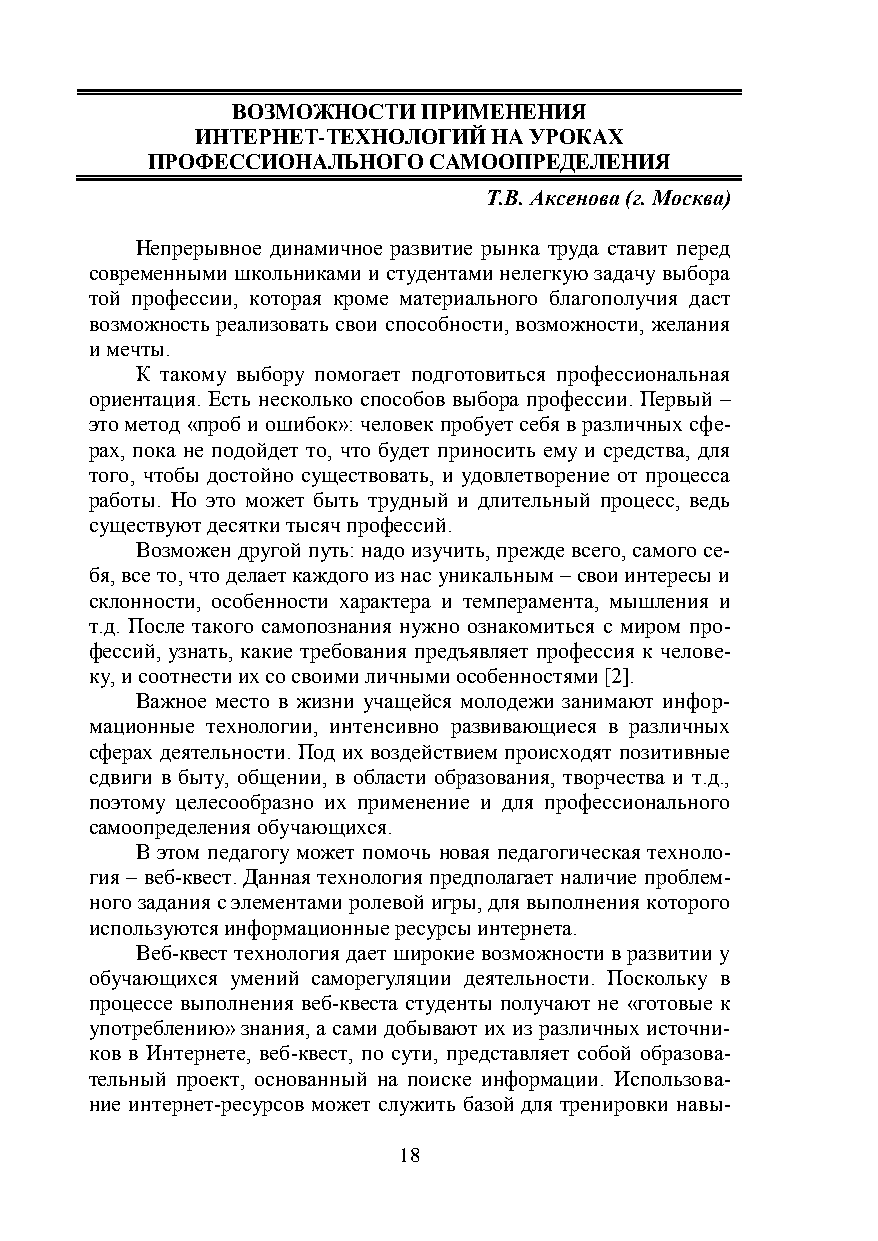
ВОЗМОЖНОСТИ  ПРИМЕНЕНИЯ
 ИНТЕРНЕТ-ТЕХНОЛОГИЙ НА УРОКАХ
 ПРОФЕССИОНАЛЬНОГО САМООПРЕДЕЛЕНИЯ
 Т.В. Аксенова (г. Москва)
 Непрерывное динамичное развитие рынка труда ставит перед
 современными школьниками и студентами нелегкую задачу выбора
 той профессии, которая кроме материального благополучия даст
 возможность реализовать свои способности, возможности, желания
 и мечты.
 К такому выбору помогает подготовиться профессиональная
 ориентация. Есть несколько способов выбора профессии. Первый –
 это метод «проб и ошибок»: человек пробует себя в различных сфе-
 рах, пока не подойдет то, что будет приносить ему и средства, для
 того, чтобы достойно существовать, и удовлетворение от процесса
 работы. Но это может быть трудный и длительный процесс, ведь
 существуют десятки тысяч профессий.
 Возможен другой путь: надо изучить, прежде всего, самого се-
 бя, все то, что делает каждого из нас уникальным – свои интересы и
 склонности, особенности характера и темперамента, мышления и
 т.д. После такого самопознания нужно ознакомиться с миром про-
 фессий, узнать, какие требования предъявляет профессия к челове-
 ку, и соотнести их со своими личными особенностями [2].
 Важное место в жизни учащейся молодежи занимают инфор-
 мационные технологии, интенсивно развивающиеся в различных
 сферах деятельности. Под их воздействием происходят позитивные
 сдвиги в быту, общении, в области образования, творчества и т.д.,
 поэтому целесообразно их применение и для профессионального
 самоопределения обучающихся.
 В этом педагогу может помочь новая педагогическая техноло-
 гия – веб-квест. Данная технология предполагает наличие проблем-
 ного задания c элементами ролевой игры, для выполнения которого
 используются информационные ресурсы интернета.
 Веб-квест технология дает широкие возможности в развитии у
 обучающихся умений саморегуляции деятельности. Поскольку в
 процессе выполнения веб-квеста студенты получают не «готовые к
 употреблению» знания, а сами добывают их из различных источни-
 ков в Интернете, веб-квест, по сути, представляет собой образова-
 тельный проект, основанный на поиске информации. Использова-
 ние интернет-ресурсов может служить базой для тренировки навы-
 18